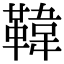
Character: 𩋾